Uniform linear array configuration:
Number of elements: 12
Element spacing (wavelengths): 0.5
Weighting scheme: binomial
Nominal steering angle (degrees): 30
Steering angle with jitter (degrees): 30.367
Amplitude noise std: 0.05
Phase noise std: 0.05

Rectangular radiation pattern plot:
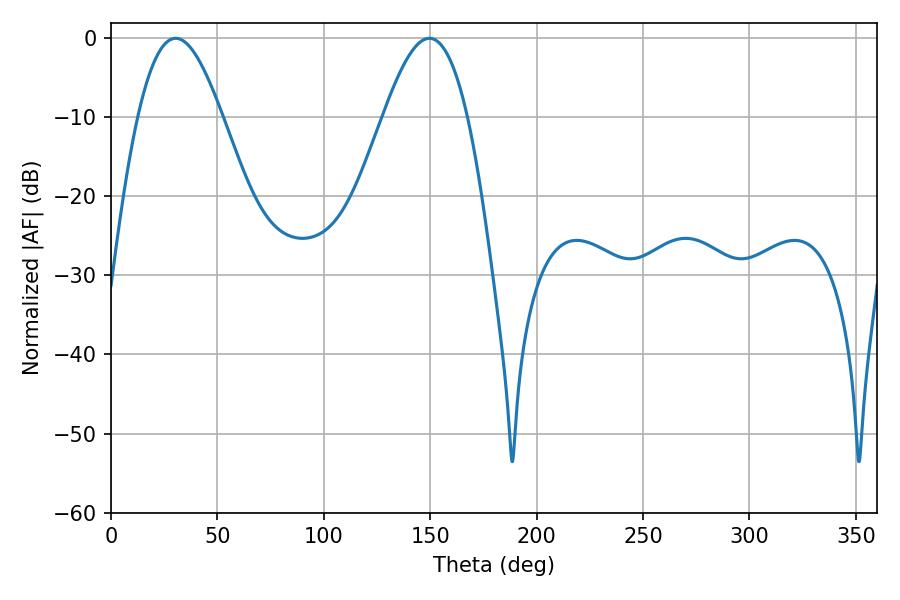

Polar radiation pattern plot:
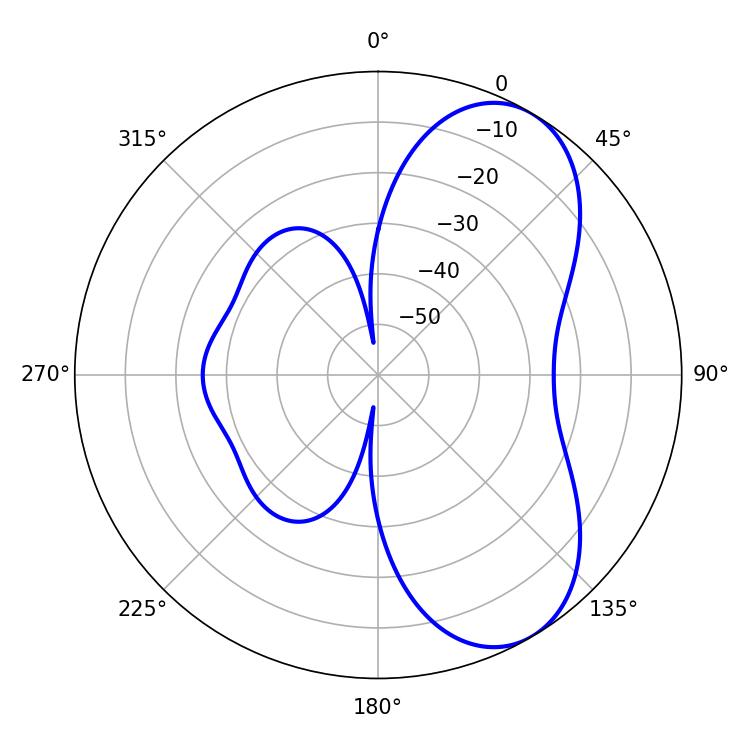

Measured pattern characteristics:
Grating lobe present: FALSE
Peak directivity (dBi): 6.748
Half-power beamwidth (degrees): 21.42
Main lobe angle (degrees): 30.42